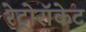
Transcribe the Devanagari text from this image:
रेट्रोरॉकेट